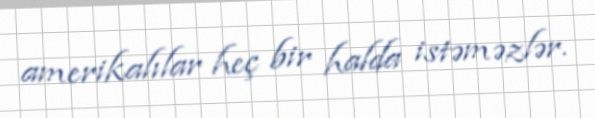
amerikalılar heç bir halda istəməzlər.